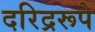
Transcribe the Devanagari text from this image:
दरिद्ररूपे